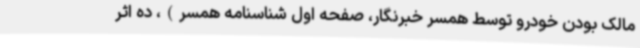
مالک بودن خودرو توسط همسر خبرنگار، صفحه اول شناسنامه همسر)، ده اثر